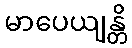
မာပေယျန္တိ